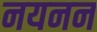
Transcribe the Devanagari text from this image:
नयनन